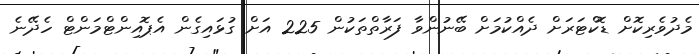
މެދުވެރިކޮށް ޑޮކްޓަރަށް ދެއްކުމަށް ބޭނުންވާ ފަރާތްތަކުން 225 އަށް ގުޅައިގެން އެޕޮއިންޓްމަންޓް ހެދޭނެ